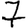
Digit: 7